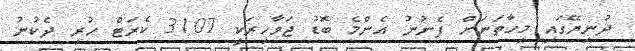
ދުނިޔޭގައި މިހާތަނަށް ފެނުނު އެންމެ ބޮޑު ޖަވާހިރަކީ 3107 ކެރަޓް ހުރި ދެކުނު